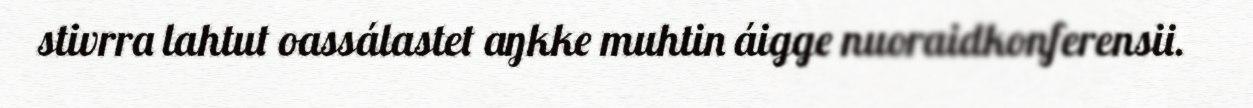
stivrra lahtut oassálastet aŋkke muhtin áigge nuoraidkonferensii.